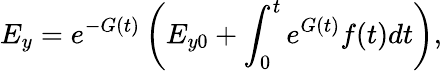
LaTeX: E_{y}=e^{-G(t)}\left(E_{y0}+\int_{0}^{t}e^{G(t)}f(t)dt\right),